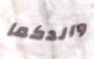
والدكما